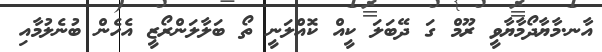
އާނ.މާޔާދޯމާޔާވީ ރޫމް ގަ ދޭބަލަ ކީއް ކޮއްލަނީ ތޯ ބަލާލަންރޯޒީ އެހެން ބުނެލުމާއި